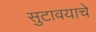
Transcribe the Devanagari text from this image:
सुटावयाचे